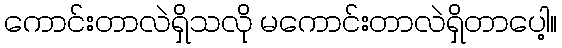
ကောင်းတာလဲရှိသလို မကောင်းတာလဲရှိတာပေါ့။